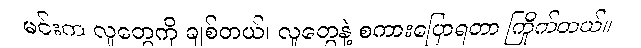
မင်းက လူတွေကို ချစ်တယ်၊ လူတွေနဲ့ စကားပြောရတာ ကြိုက်တယ်။